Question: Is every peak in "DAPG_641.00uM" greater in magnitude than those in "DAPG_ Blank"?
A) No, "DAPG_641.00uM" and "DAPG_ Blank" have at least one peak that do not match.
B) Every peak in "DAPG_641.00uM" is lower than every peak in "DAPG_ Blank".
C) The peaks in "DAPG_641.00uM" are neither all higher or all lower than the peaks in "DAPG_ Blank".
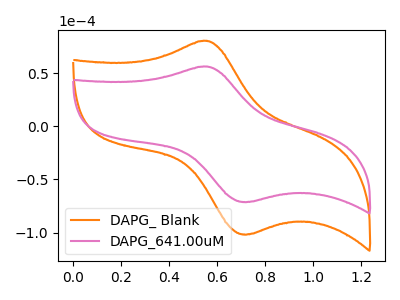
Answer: <think>The orange curve "DAPG_ Blank" has an anodic peak at (0.55V, 80.70uA) and a cathodic peak at (0.75V, -101.70uA). The pink curve "DAPG_641.00uM" has an anodic peak at (0.55V, 56.45uA) and a cathodic peak at (0.75V, -71.15uA).</think>
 <answer>B) Every peak in "DAPG_641.00uM" is lower than every peak in "DAPG_ Blank".</answer>
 <eval>B</eval>